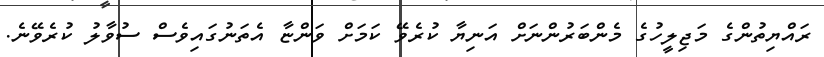
ރައްޔިތުންގެ މަޖިލީހުގެ މެންބަރުންނަށް އަނިޔާ ކުރެވޭ ކަަމަށް ވަންޏާ އެތަނުގައިވެސް ސުވާލު ކުރެވޭނެ.